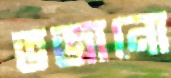
ভজানো